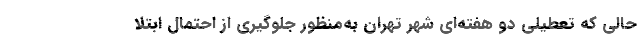
حالی که تعطیلی دو هفته‌ای شهر تهران به‌منظور جلوگیری از احتمال ابتلا